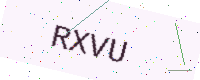
Text: RXVU